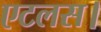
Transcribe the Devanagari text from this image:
एटलस।